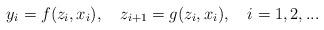
LaTeX: \begin{align*}y_i=f(z_i,x_i),~~~z_{i+1}=g(z_i,x_i),~~~i=1,2,...\end{align*}